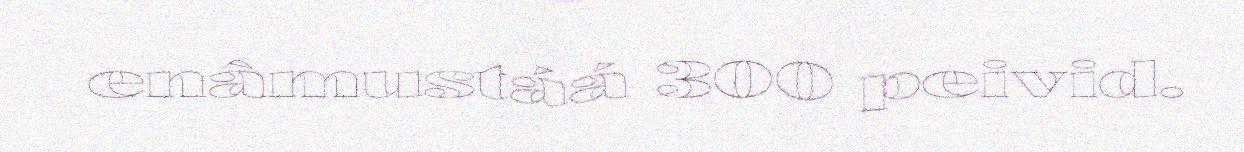
enâmustáá 300 peivid.